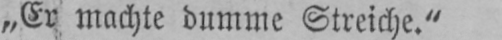
„Er machte dumme Streiche.“